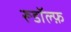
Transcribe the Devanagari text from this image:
रूडॉल्फ़